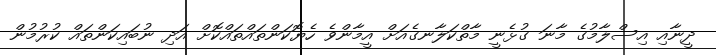
ދީނާއި އިސްލާމުގެ މާނަ ގުޅެނީ މާތްކަލާނގެއަށް އީމާންވެ ހެޔޮކަންތައްތައްކޮށް އަދި ނުބައިކަންތައް ކުރުމުން